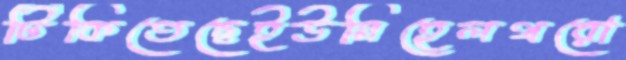
টিকিতেছেইউনিহেলথরো